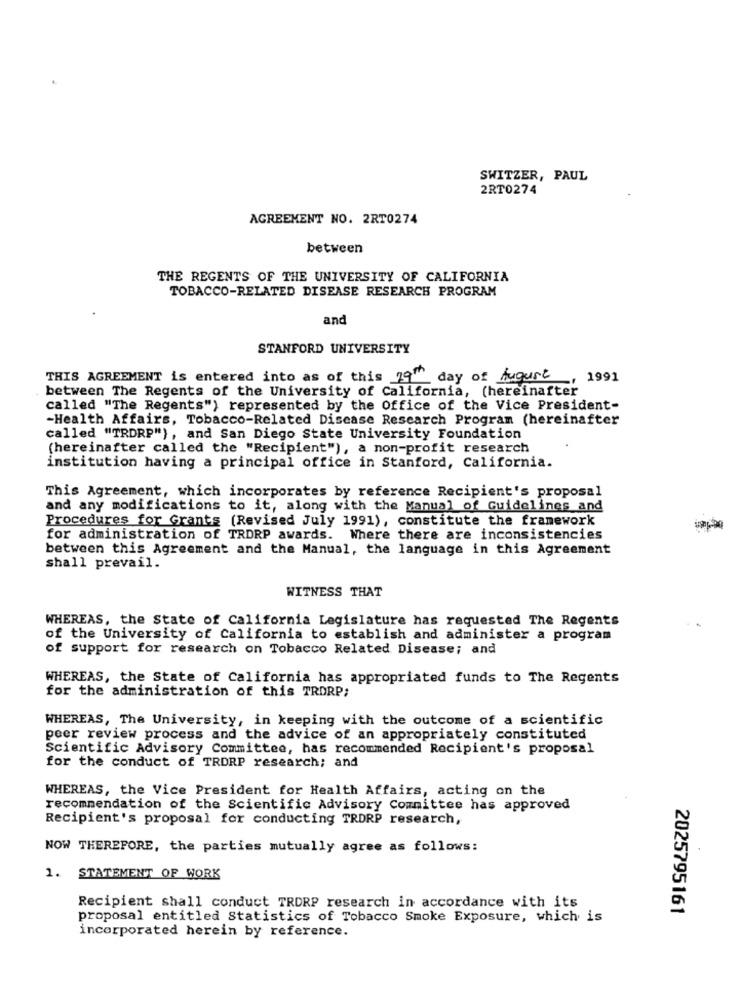
SWITZER, PAUL
2RT0274
AGREEMENT NO. 2RT0274
between
THE REGENTS OF THE UNIVERSITY OF CALIFORNIA
TOBACCO-RELATED DISEASE RESEARCH PROGRAM
and
STANFORD UNIVERSITY
THIS AGREEMENT is entered into as of this 19th day of August
., 1991
between The Regents of the University of California, (hereinafter
called "The Regents") represented by the Office of the Vice President-
-Health Affairs, Tobacco-Related Disease Research Program (hereinafter
called "TRDRP"), and San Diego State University Foundation
(hereinafter called the "Recipient"), a non-profit research
institution having a principal office in Stanford, California.
This Agreement, which incorporates by reference Recipient's proposal
and any modifications to it, along with the Manual of Guidelines and
Procedures for Grants (Revised July 1991), constitute the framework
for administration of TRDRP awards. Where there are inconsistencies
between this Agreement and the Manual, the language in this Agreement
shall prevail.
WITNESS THAT
WHEREAS, the State of California Legislature has requested The Regents
of the University of California to establish and administer a program
of support for research on Tobacco Related Disease; and
WHEREAS, the State of California has appropriated funds to The Regents
for the administration of this TRORP;
WHEREAS, The University, in keeping with the outcome of a scientific
peer review process and the advice of an appropriately constituted
Scientific Advisory Committee, has recommended Recipient's proposal
for the conduct of TRORP research; and
WHEREAS, the Vice President for Health Affairs, acting on the
recommendation of the Scientific Advisory Committee has approved
Recipient's proposal for conducting TRORP research,
NOW THEREFORE, the parties mutually agree as follows:
1. STATEMENT OF WORK
Recipient shall conduct TRORP research in accordance with its
2025795161
proposal entitled Statistics of Tobacco Smoke Exposure, which is
incorporated herein by reference.